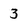
Character: 3